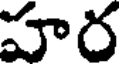
హర